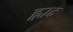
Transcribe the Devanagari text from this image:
ह्लाद